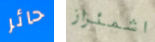
حائر اشمئزاز